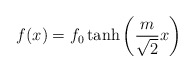
\begin{align*}f(x) = f_0 \tanh \left ( {m\over {\sqrt{2}}} x \right )\end{align*}